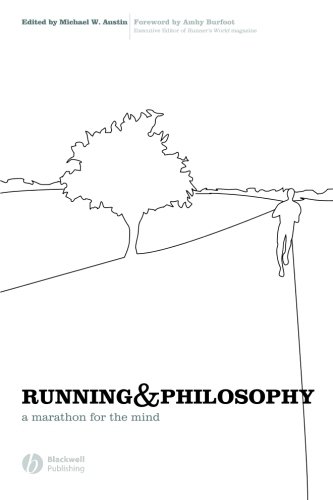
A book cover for Running and Philosophy: A Marathon for the Mind; Politics & Social Sciences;